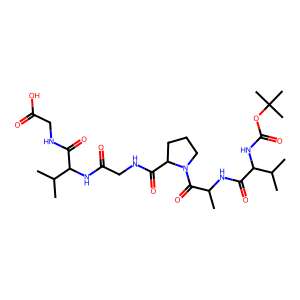
SMILES: CC(NC(=O)C(NC(=O)OC(C)(C)C)C(C)C)C(=O)N1CCCC1C(=O)NCC(=O)NC(C(=O)NCC(=O)O)C(C)C
Inhibits HIV replication: No